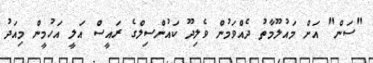
"ސަން" އަށް މައުލޫމާތު ދެއްވަމުން ވެލިދޫ ކައުންސިލްގެ ރައީސް އަލީ އަހުމީން މިއަދު